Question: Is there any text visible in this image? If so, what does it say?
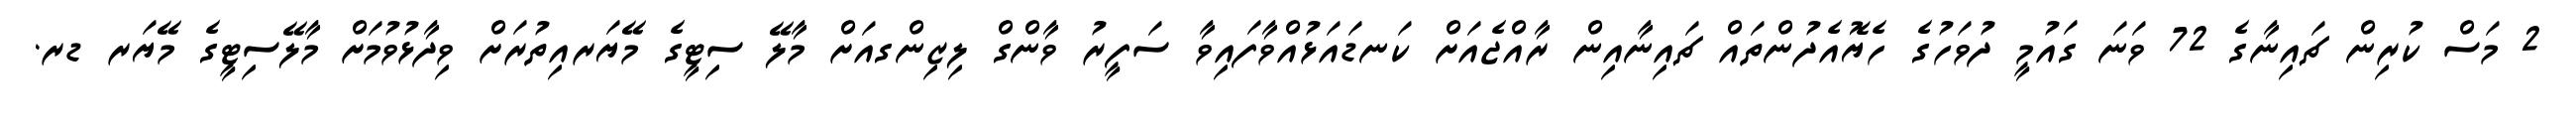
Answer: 2 މަސް ކުރިން ޗައިނާގެ 72 ވަނަ ގައުމީ ދުވަހުގެ ހެޔޮއެދުންތައް ޗައިނާއިން ރާއްޖެއަށް ކަނޑައަޅުއްވާފައިވާ ސަފީރު ވާންގް ލިޒިންގއަށް މާލޭ ސިޓީގެ މޭޔަރއިތުރަށް ވިދާޅުވުމަށް މާލޭސިޓީގެ މޭޔަރ ޑރ.